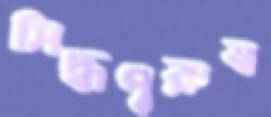
সিদ্ধপুরুষ